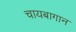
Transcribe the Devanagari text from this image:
चायबागान